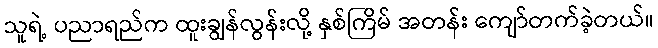
သူရဲ့ ပညာရည်က ထူးချွန်လွန်းလို့ နှစ်ကြိမ် အတန်း ကျော်တက်ခဲ့တယ်။